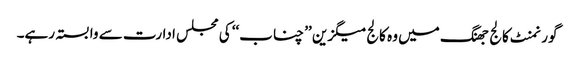
گورنمنٹ کالج جھنگ میں وہ کالج میگزین ’’ چناب‘‘ کی مجلس ادارت سے وابستہ رہے۔